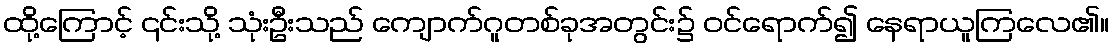
ထို့ကြောင့် ၎င်းသို့ သုံးဦးသည် ကျောက်ဂူတစ်ခုအတွင်း၌ ဝင်ရောက်၍ နေရာယူကြလေ၏။